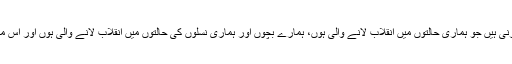
ہم نے تو اپنے اندر وہ انقلابی تبدیلیاں پیدا کرنی ہیں جو ہماری حالتوں میں انقلاب لانے والی ہوں، ہمارے بچوں اور ہماری نسلوں کی حالتوں میں انقلاب لانے والی ہوں اور اس معاشرے میں روحانی انقلاب لانے والی ہوں۔